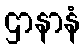
ဌာနာနံ